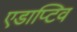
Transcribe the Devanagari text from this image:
एडाप्टिव